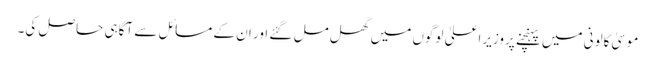
موسیٰ کالونی میں پہنچنے پروزیراعلیٰ لوگوں میں گھل مل گئے اور ان کے مسائل سے آگاہی حاصل کی۔